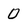
Character: 0